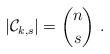
LaTeX: \begin{align*}\vert \mathcal{C}_{k,s} \vert = \binom{n}{s}\ .\end{align*}